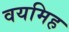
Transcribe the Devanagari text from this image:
वयमिह